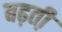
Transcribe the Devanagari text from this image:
बढ़ती़